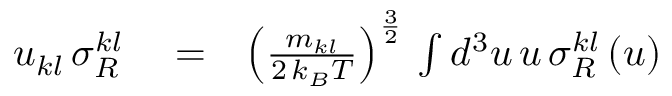
\begin{array} { r l r } { u _ { k l } \, \sigma _ { R } ^ { k l } } & { { } = } & { \left( \frac { m _ { k l } } { 2 \, k _ { B } T } \right) ^ { \frac { 3 } { 2 } } \, \int d ^ { 3 } u \, u \, \sigma _ { R } ^ { k l } \left( u \right) } \end{array}